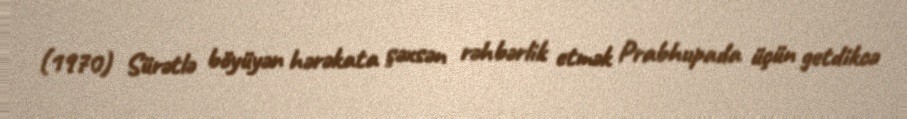
(1970) Sürətlə böyüyən hərəkata şəxsən rəhbərlik etmək Prabhupada üçün getdikcə